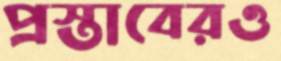
প্রস্তাবেরও